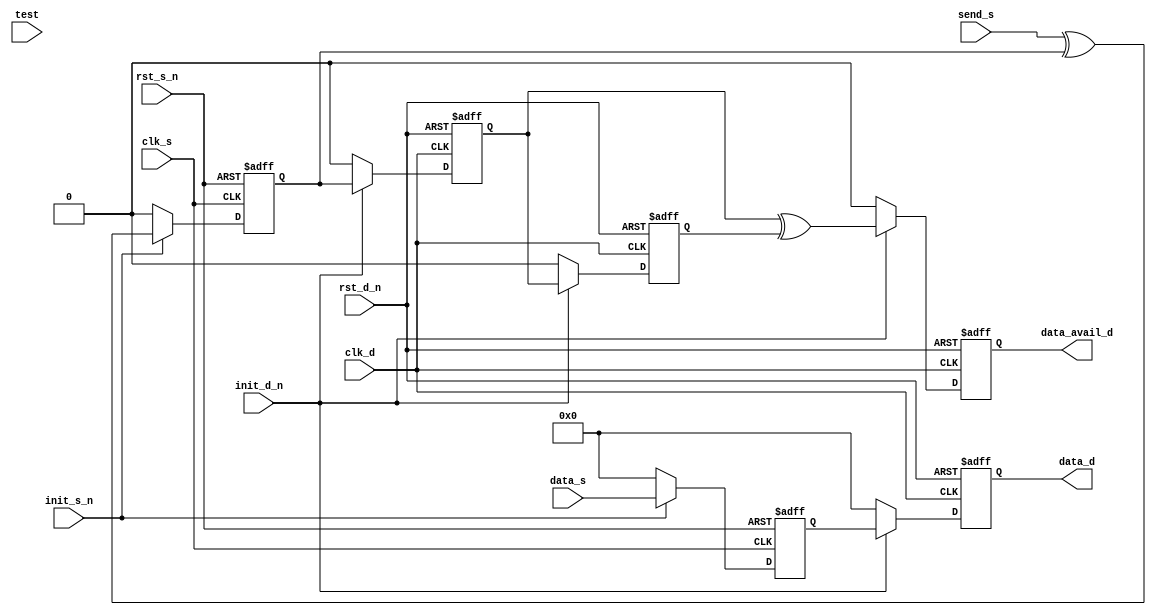

//
////////////////////////////////////////////////////////////////////////////////
////////////////////////////////////////////////////////////////////////////////
//
//  ABSTRACT:  quasai synchronous data transfer.
//
//             Parameters:     Valid Values   Default Values
//             ==========      ============   ==============
//             width           1 to 1024      8
//             clk_ratio       2 to 1024      2
//             reg_data_s      0 to 1         1
//             reg_data_d      0 to 1         1
//             tst_mode        0 to 2         0
//
//             Input Ports:    Size    Description
//             ===========     ====    ===========
//             clk_s            1        Source clock
//             rst_s_n          1        Source domain asynch. reset (active low)
//             init_s_n         1        Source domain synch. reset (active low)
//             send_s           1        Source domain send request input
//             data_s           width    Source domain send data input
//             clk_d            1        Destination clock
//             rst_d_n          1        Destination domain asynch. reset (active low)
//             init_d_n         1        Destination domain synch. reset (active low)
//             test             1        Scan test mode select input
//
//
//             Output Ports    Size    Description
//             ============    =====    ===========
//             data_d          width    Destination domain data output
//             data_avail_d    1        Destination domain data update output
//
//
//  MODIFIED:
//
//     DLL     6-24-11   Edits for Leda cleanup (which includes disabling some
//                       warnings)  and added simulation messages for
//                       when negative-edge clocking is configured in.
//
////////////////////////////////////////////////////////////////////////////////
module DW_data_qsync_lh(
// Embedded dc_shell script
// _model_constraint_1
        clk_s,
        rst_s_n,
        init_s_n,
        send_s,
        data_s,
        clk_d,
        rst_d_n,
        init_d_n,
        data_d,
        data_avail_d,
        test
      );

parameter width      = 8; // RANGE 1 to 1024
parameter clk_ratio  = 2; // RANGE 2 to 1024
parameter reg_data_s = 1; // RANGE 0 to 1
parameter reg_data_d = 1; // RANGE 0 to 1
parameter tst_mode   = 0; // RANGE 0 to 2

  input  clk_s;             // clk_s 1 Source clock
  input  rst_s_n;           // rst_s_n 1 Source domain asynch. reset (active low)
  input  init_s_n;          // init_s_n 1 Source domain synch. reset (active low)
  input  send_s;            // send_s 1 Source domain send request input
  input  [width-1:0] data_s;// data_s width Source domain send data input
  
  input  clk_d;             // clk_d 1 Destination clock
  input  rst_d_n;           // rst_d_n 1 Destination domain asynch. reset (active low)
  input  init_d_n;          // init_d_n 1 Destination domain synch. reset (active low)

  output [width-1:0] data_d;// data_d width Destination domain data output
  output data_avail_d;      // data_avail_d 1 Destination domain data update output

  input  test;              // test 1 Scan test mode select input
  
  wire             send_s_x;     // toggle signal
  wire             data_d_xvail; // toggle data available signal
  wire [width-1:0] data_s_snd;   // source data sel mux
  reg  [width-1:0] data_s_l;     // data scan hold latch/flop
  wire [width-1:0] data_s_cc;    // data scan hold mux
  
  reg  [width-1:0] data_s_reg;   // source data storage
  reg              send_reg;     // send signal storage
  reg              send_reg_l;   // send control signal hold latch/flop
  wire             send_reg_cc;  // send signal crossing domains
  reg              data_avail_reg; // dest signal storage (1st stage)
  reg  [width-1:0] data_d_reg;      // dest data storage
  reg              data_avail_xreg; // dest avail toggle
  reg              data_avail_d;    // dest semaph signal


 
  assign send_s_x = send_s ^ send_reg;

  
generate
  if ( tst_mode == 2 ) begin : GEN_LATCH_data
      always @ (clk_s or send_reg) begin : PROC_LATCH_data
	if (clk_s == 1'b0) 
	  data_s_l <= send_reg;
      end // PROC_LATCH_data

      assign  data_s_cc = (test == 1'b1)? data_s_l : data_s_snd;
  end else if ( tst_mode == 1 ) begin : GEN_NEGEDGE_REG_data
      always @ (negedge clk_d or negedge rst_d_n) begin
	if (rst_d_n == 1'b0)
	  data_s_l <= 1'b0;
	else
	  data_s_l <= data_s_snd;
      end

      assign  data_s_cc = (test == 1'b1)? data_s_l : data_s_snd;
  end else begin : GEN_DIRECTdata
    assign  data_s_cc = data_s_snd;
  end
endgenerate

  
generate
  if ((clk_ratio >= 3) && ( tst_mode == 2 )) begin : GEN_LATCH_ctl
      always @ (clk_s or send_reg) begin : PROC_LATCH_ctl
	if (clk_s == 1'b0) 
	  send_reg_l <= send_reg;
      end // PROC_LATCH_ctl

      assign  send_reg_cc = (test == 1'b1)? send_reg_l : send_reg;
  end else if ((clk_ratio >= 3) && ( tst_mode == 1 )) begin : GEN_NEGEDGE_REG_ctl
      always @ (negedge clk_d or negedge rst_d_n) begin
	if (rst_d_n == 1'b0)
	  send_reg_l <= 1'b0;
	else
	  send_reg_l <= send_reg;
      end

      assign  send_reg_cc = (test == 1'b1)? send_reg_l : send_reg;
  end else begin : GEN_DIRECTctl
    assign  send_reg_cc = send_reg;
  end
endgenerate

  always @ (posedge clk_s or negedge rst_s_n) begin : SRC_DM_SEQ_PROC
    if  (rst_s_n == 1'b0)  begin
      data_s_reg <= {width{1'b0}};
      send_reg   <= 1'b0;
    end else begin
      if ( init_s_n == 1'b0)  begin
        data_s_reg <= {width{ 1'b0}};
        send_reg   <= 1'b0;
      end else begin
        data_s_reg <= data_s;
	send_reg   <= send_s_x;
      end 
    end 
  end 


  always @ (posedge clk_d or negedge rst_d_n) begin : DST_DM_POS_SEQ_PROC
    if (rst_d_n == 1'b0 ) begin
       data_d_reg      <= {width{1'b0}};
       data_avail_xreg <= 1'b0;
       data_avail_d    <= 1'b0;
    end else  begin
      if (init_d_n == 1'b0 ) begin
        data_d_reg      <= {width{1'b0}};
        data_avail_xreg <= 1'b0;
        data_avail_d    <= 1'b0;
      end else begin
        data_d_reg      <= data_s_cc;
        data_avail_xreg <= data_avail_reg;
        data_avail_d    <= data_d_xvail;
      end
    end 
  end


generate
  if (clk_ratio >= 3) begin : GEN_DATA_D_MUX_CR_GT_2

    always @ (posedge clk_d or negedge rst_d_n) begin : DST_DA_POS_SEQ_PROC
      if (rst_d_n == 1'b0 ) begin
        data_avail_reg <= 1'b0;
      end else  begin
        if (init_d_n == 1'b0 ) begin
          data_avail_reg <= 1'b0;
        end else begin
          data_avail_reg <= send_reg_cc;
        end
      end 
    end


  end else begin : GEN_DATA_D_MUX_CR_EQ_2


    always @ (negedge clk_d or negedge rst_d_n) begin : DST_DA_NEG_SEQ_PROC
      if (rst_d_n == 1'b0 ) begin
         data_avail_reg  <= 1'b0;
      end else  begin
        if (init_d_n == 1'b0 ) begin
          data_avail_reg <= 1'b0;
        end else begin
          data_avail_reg <= send_reg;
        end
      end 
    end



  end
endgenerate

generate
  if (reg_data_s == 1) begin : GEN_DATA_D_RDS1
    assign data_d = data_d_reg;
  end else begin : GEN_DATA_D_RDS0
    assign data_d = data_s_cc;
  end
endgenerate

generate
  if (reg_data_d == 1) begin : GEN_DATA_S_SND_RDD1
    assign data_s_snd = data_s_reg;
  end else begin : GEN_DATA_S_SND_RDD0
    assign data_s_snd = data_s;
  end
endgenerate

assign data_d_xvail = data_avail_reg ^ data_avail_xreg;
endmodule